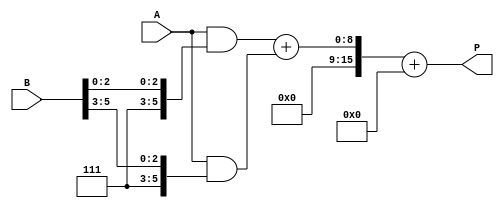
module higher_radix_wallace_tree_multiplier #(
    parameter N = 8 // Bit width of inputs
) (
    input [N-1:0] A, // Multiplicand
    input [N-1:0] B, // Multiplier
    output reg [2*N-1:0] P // Product
);

    // Intermediate signals for partial products
    wire [N-1:0] pp [0:N/3-1]; // Partial products
    wire [2*N-1:0] sum [0:N/3-1]; // Sums for Wallace tree
    wire [N-1:0] carry [0:N/3-1]; // Carries for Wallace tree

    // Generate partial products
    genvar i;
    generate
        for (i = 0; i < N/3; i = i + 1) begin : pp_gen
            assign pp[i] = A & {3'b111, B[3*i +: 3]}; // AND A with each 3-bit group of B
        end
    endgenerate

    // Wallace tree reduction
    // First stage: Sum partial products using half adders and full adders
    generate
        for (i = 0; i < N/3-1; i = i + 1) begin : wallace_tree
            // Sum the partial products
            if (i == 0) begin
                // First row of sums
                assign {carry[i], sum[i]} = pp[i] + pp[i+1];
            end else begin
                // Subsequent rows of sums
                assign {carry[i], sum[i]} = sum[i-1] + pp[i+2];
            end
        end
    endgenerate

    // Final addition of the last three rows
    always @(*) begin
        P = sum[N/3-2] + carry[N/3-2]; // Final sum
    end

endmodule